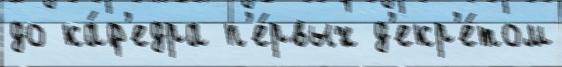
до ка́ф'едра п'е́рвых д'екр'е́том